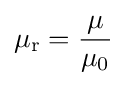
\mu _{\mathrm {r} }={\frac {\mu }{\mu _{0}}}